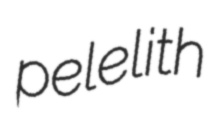
pelelith